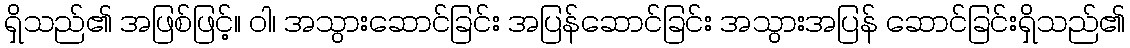
ရှိသည်၏ အဖြစ်ဖြင့်။ ဝါ၊ အသွားဆောင်ခြင်း အပြန်ဆောင်ခြင်း အသွားအပြန် ဆောင်ခြင်းရှိသည်၏